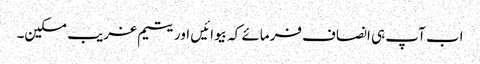
اب آپ ہی انصاف فرمائے کہ بیوائیں اور یتیم غریب مسکین۔